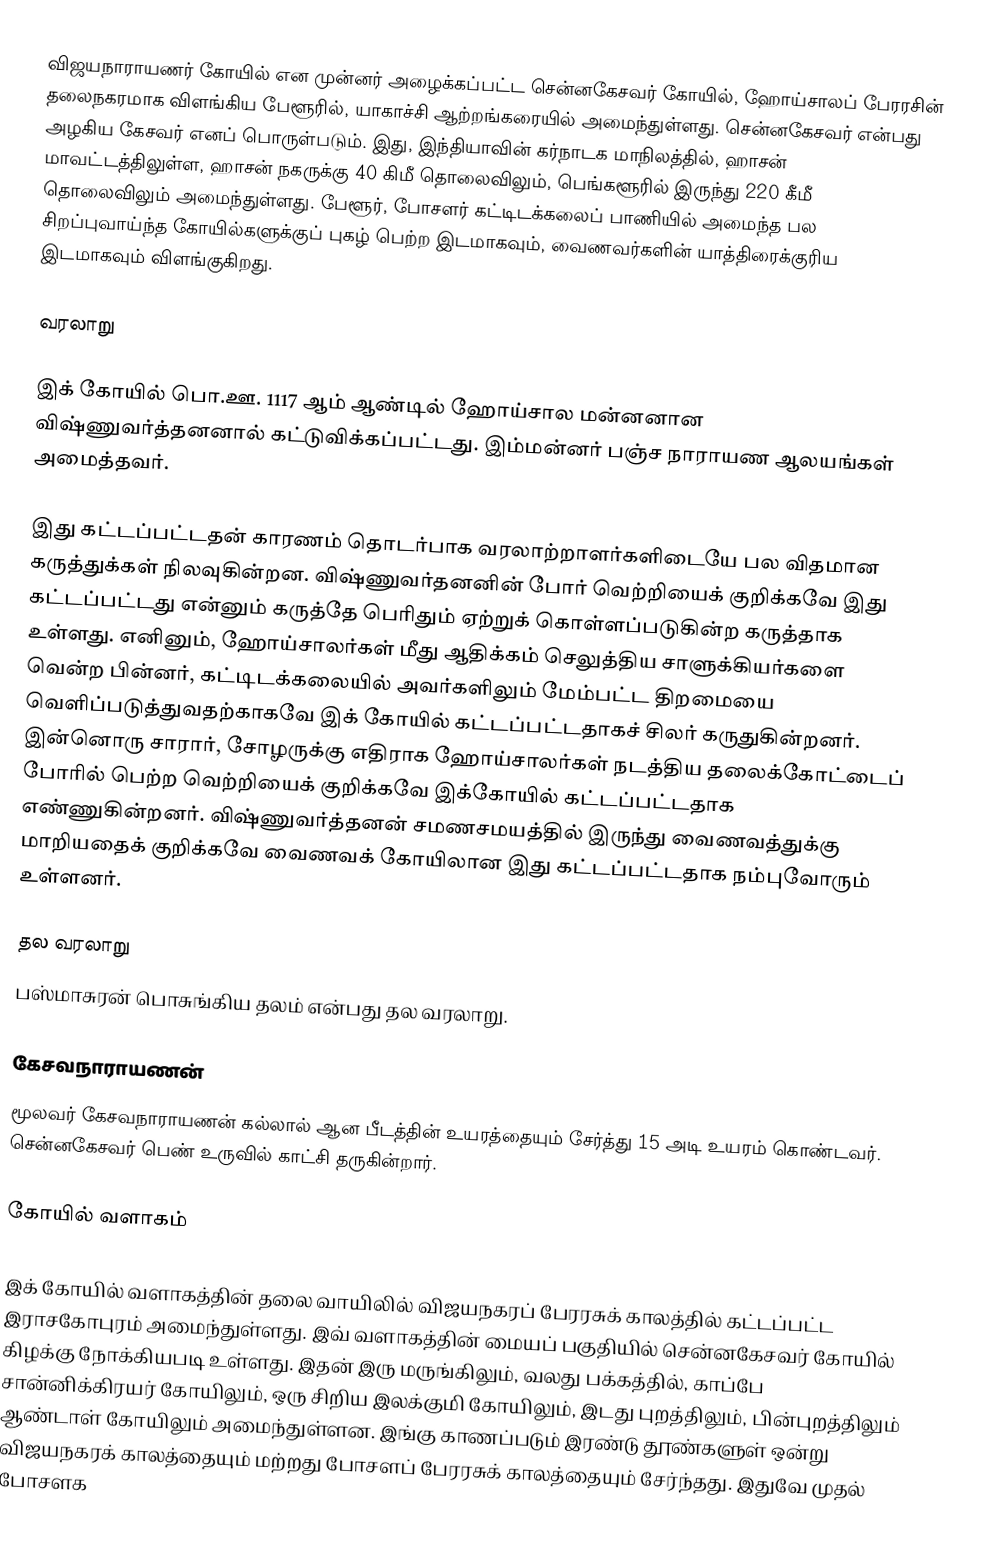
விஜயநாராயணர் கோயில் என முன்னர் அழைக்கப்பட்ட சென்னகேசவர் கோயில், ஹோய்சாலப் பேரரசின் தலைநகரமாக விளங்கிய பேளூரில், யாகாச்சி ஆற்றங்கரையில் அமைந்துள்ளது. சென்னகேசவர் என்பது அழகிய கேசவர் எனப் பொருள்படும். இது, இந்தியாவின் கர்நாடக மாநிலத்தில், ஹாசன் மாவட்டத்திலுள்ள, ஹாசன் நகருக்கு 40 கிமீ தொலைவிலும், பெங்களூரில் இருந்து 220 கீமீ தொலைவிலும் அமைந்துள்ளது. பேளூர், போசளர் கட்டிடக்கலைப் பாணியில் அமைந்த பல சிறப்புவாய்ந்த கோயில்களுக்குப் புகழ் பெற்ற இடமாகவும், வைணவர்களின் யாத்திரைக்குரிய இடமாகவும் விளங்குகிறது.

வரலாறு

இக் கோயில் பொ.ஊ. 1117 ஆம் ஆண்டில் ஹோய்சால மன்னனான விஷ்ணுவர்த்தனனால் கட்டுவிக்கப்பட்டது. இம்மன்னர் பஞ்ச நாராயண ஆலயங்கள் அமைத்தவர்.

இது கட்டப்பட்டதன் காரணம் தொடர்பாக வரலாற்றாளர்களிடையே பல விதமான கருத்துக்கள் நிலவுகின்றன. விஷ்ணுவர்தனனின் போர் வெற்றியைக் குறிக்கவே இது கட்டப்பட்டது என்னும் கருத்தே பெரிதும் ஏற்றுக் கொள்ளப்படுகின்ற கருத்தாக உள்ளது. எனினும், ஹோய்சாலர்கள் மீது ஆதிக்கம் செலுத்திய சாளுக்கியர்களை வென்ற பின்னர், கட்டிடக்கலையில் அவர்களிலும் மேம்பட்ட திறமையை வெளிப்படுத்துவதற்காகவே இக் கோயில் கட்டப்பட்டதாகச் சிலர் கருதுகின்றனர். இன்னொரு சாரார், சோழருக்கு எதிராக ஹோய்சாலர்கள் நடத்திய தலைக்கோட்டைப் போரில் பெற்ற வெற்றியைக் குறிக்கவே இக்கோயில் கட்டப்பட்டதாக எண்ணுகின்றனர். விஷ்ணுவர்த்தனன் சமணசமயத்தில் இருந்து வைணவத்துக்கு மாறியதைக் குறிக்கவே வைணவக் கோயிலான இது கட்டப்பட்டதாக நம்புவோரும் உள்ளனர்.

தல வரலாறு
பஸ்மாசுரன் பொசுங்கிய தலம் என்பது தல வரலாறு.

கேசவநாராயணன்
மூலவர் கேசவநாராயணன் கல்லால் ஆன பீடத்தின் உயரத்தையும் சேர்த்து 15 அடி உயரம் கொண்டவர். சென்னகேசவர் பெண் உருவில் காட்சி தருகின்றார்.

கோயில் வளாகம்

இக் கோயில் வளாகத்தின் தலை வாயிலில் விஜயநகரப் பேரரசுக் காலத்தில் கட்டப்பட்ட இராசகோபுரம் அமைந்துள்ளது. இவ் வளாகத்தின் மையப் பகுதியில் சென்னகேசவர் கோயில் கிழக்கு நோக்கியபடி உள்ளது. இதன் இரு மருங்கிலும், வலது பக்கத்தில், காப்பே சான்னிக்கிரயர் கோயிலும், ஒரு சிறிய இலக்குமி கோயிலும், இடது புறத்திலும், பின்புறத்திலும் ஆண்டாள் கோயிலும் அமைந்துள்ளன. இங்கு காணப்படும் இரண்டு தூண்களுள் ஒன்று விஜயநகரக் காலத்தையும் மற்றது போசளப் பேரரசுக் காலத்தையும் சேர்ந்தது. இதுவே முதல் போசளக